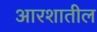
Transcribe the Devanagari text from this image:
आरशातील